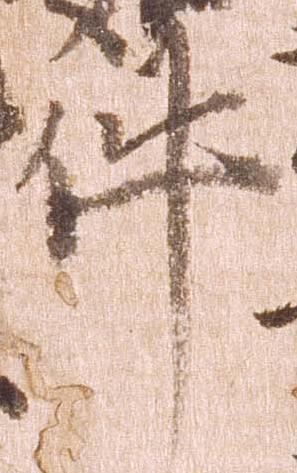
件